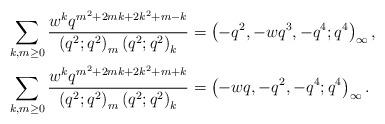
LaTeX: \begin{align*}\sum_{k,m \geq 0} \frac{w^k q^{m^2 + 2mk + 2k^2 + m-k}}{\left(q^2; q^2\right)_m \left(q^2; q^2\right)_k}& = \left(-q^2, -wq^3, -q^4; q^4\right)_\infty, \\\sum_{k,m \geq 0} \frac{w^k q^{m^2 + 2mk + 2k^2 + m+k}}{\left(q^2; q^2\right)_m \left(q^2; q^2\right)_k}& = \left(-wq, -q^2, -q^4; q^4\right)_\infty.\end{align*}